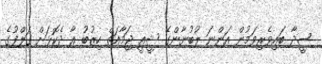
ސީދާ ބައިވެރިވަމުން އަންނަ ލުބުނާންގެ ޝީއީ ޖަމާއަތް ހިޒުބު އާ ދެކޮޅަށް ގަލްފުގެ